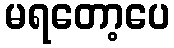
မရတော့ပေ